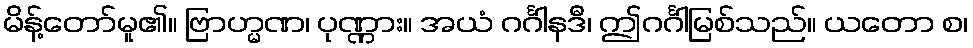
မိန့်တော်မူ၏။ ဗြာဟ္မဏ၊ ပုဏ္ဏား။ အယံ ဂင်္ဂါနဒီ၊ ဤဂင်္ဂါမြစ်သည်။ ယတော စ၊